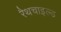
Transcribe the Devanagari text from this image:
रैथचाइल्ड